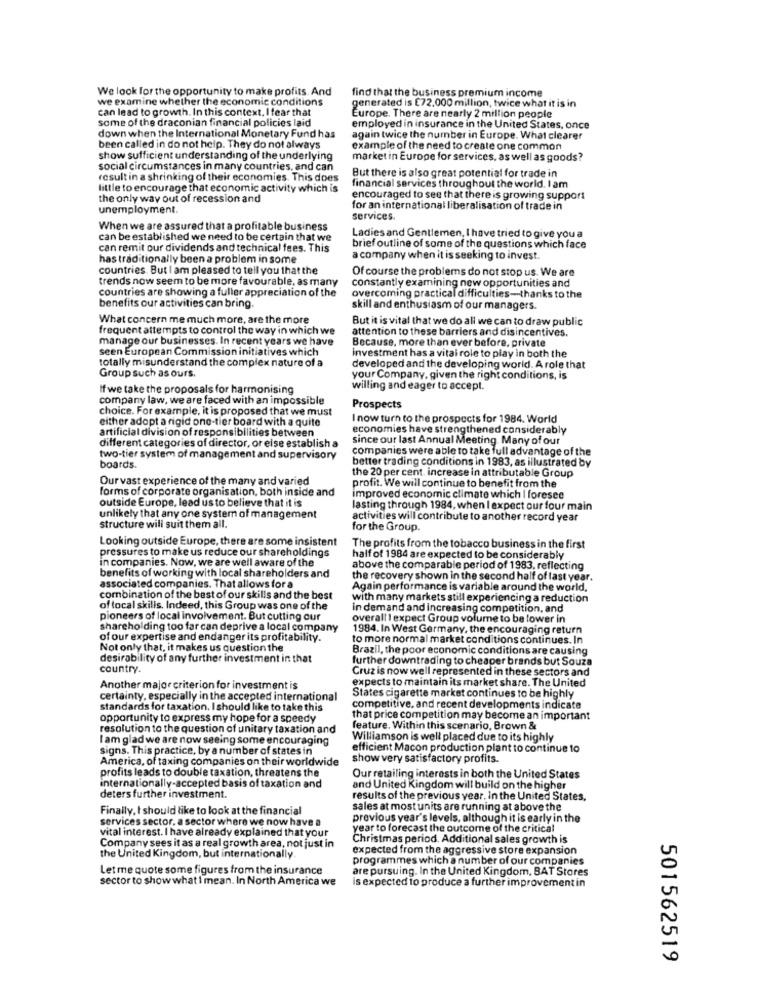
We look for the opportunity to make profits. And
find that the business premium income
we examine whether the economic conditions
can lead to growth. In this context. I fear that
generated is E72.000 million, twice what it is in
some of the draconian financial policies laid
Europe. There are nearly 2 million people
employed in insurance in the United States, once
down when the International Monetary Fund has
again twice the number in Europe. What clearer
been called in do not help. They do not always
example of the need to create one common
show sufficient understanding of the underlying
market in Europe for services, as well as goods?
social circumstances in many countries, and can
But there is also great potential for trade in
result in a shrinking of their economies. This does
little to encourage that economic activity which is
financial services throughout the world. I am
the only way out of recession and
encouraged to see that there is growing support
unemployment.
for an international liberalisation of trade in
services
When we are assured that a profitable business
can be established we need to be certain that we
Ladies and Gentlemen, I have tried to give you a
can remit our dividends and technical fees. This
brief outline of some of the questions which face
has traditionally been a problem in some
a company when it is seeking to invest.
countries. But I am pleased to tell you that the
Of course the problems do not stop us. We are
trends now seem to be more favourable, as many
constantly examining new opportunities and
countries are showing a fuller appreciation of the
overcoming practical difficulties-thanks to the
benefits our activities can bring.
skill and enthusiasm of our managers.
What concern me much more, are the more
But it is vital that we do all we can to draw public
frequent attempts to control the way in which we
attention to these barriers and disincentives.
manage our businesses. In recent years we have
seen European Commission initiatives which
Because, more than ever before, private
totally misunderstand the complex nature of a
investment has a vital role to play in both the
developed and the developing world. A role that
Group such as ours
your Company, given the right conditions, is
If we take the proposals for harmonising
willing and eager to accept.
company law, we are faced with an impossible
choice. For example, it is proposed that we must
Prospects
either adopt a rigid one-tier board with a quite
I now turn to the prospects for 1984. World
artificial division of responsibilities between
economies have strengthened considerably
different categories of director, or else establish a
since our last Annual Meeting. Many of our
companies were able to take full advantage of the
two-tier system of management and supervisory
better trading conditions in 1983, as illustrated by
boards.
the 20 per cent. increase in attributable Group
Our vast experience of the many and varied
forms of corporate organisation, both inside and
profit. We will continue to benefit from the
outside Europe, lead us to believe that it is
improved economic climate which I foresee
lasting through 1984, when I expect our four main
unlikely that any one system of management
activities will contribute to another record year
structure will suit them all.
for the Group.
Looking outside Europe, there are some insistent
pressures to make us reduce our shareholdings
The profits from the tobacco business in the first
in companies. Now, we are well aware of the
half of 1984 are expected to be considerably
above the comparable period of 1983, reflecting
benefits of working with local shareholders and
the recovery shown in the second half of last year.
associated companies. That allows for a
Again performance is variable around the world.
combination of the best of our skills and the best
with many markets still experiencing a reduction
of local skills. Indeed, this Group was one of the
in demand and increasing competition, and
pioneers of local involvement. But cutting our
overall I expect Group volume to be lower in
shareholding too far can deprive a local company
1984. In West Germany, the encouraging return
of our expertise and endanger its profitability.
to more normal market conditions continues. In
Not only that, it makes us question the
Brazil, the poor economic conditions are causing
desirability of any further investment in that
further downtrading to cheaper brands but Souza
country.
Cruz is now well represented in these sectors and
expects to maintain its market share. The United
Another major criterion for investment is
certainty, especially in the accepted international
States cigarette market continues to be highly
standards for taxation. I should like to take this
competitive, and recent developments indicate
opportunity to express my hope for a speedy
that price competition may become an important
resolution to the question of unitary taxation and
feature. Within this scenario, Brown &
I am glad we are now seeing some encouraging
Williamson is well placed due to its highly
signs. This practice, by a number of states in
efficient Macon production plant to continue 10
America, of taxing companies on their worldwide
show very satisfactory profits.
profits leads to double taxation, threatens the
Our retailing interests in both the United States
internationally-accepted basis of taxation and
and United Kingdom will build on the higher
deters further investment.
results of the previous year. In the United States,
Finally, I should like to look at the financial
sales at most units are running at above the
services sector. a sector where we now have a
previous year's levels, although it is early in the
vital interest. I have already explained that your
year to forecast the outcome of the critical
Christmas period. Additional sales growth is
Company sees it as a real growth area, not just in
expected from the aggressive store expansion
the United Kingdom, but internationally.
programmes which a number of our companies
Letme quote some figures from the insurance
are pursuing. In the United Kingdom, BAT Stores
sector to showwhat I mean. In North America we
is expected to produce a further improvement in
501562519